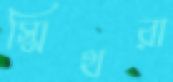
স্মিথরা